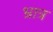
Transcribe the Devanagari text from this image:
भ्रात्र